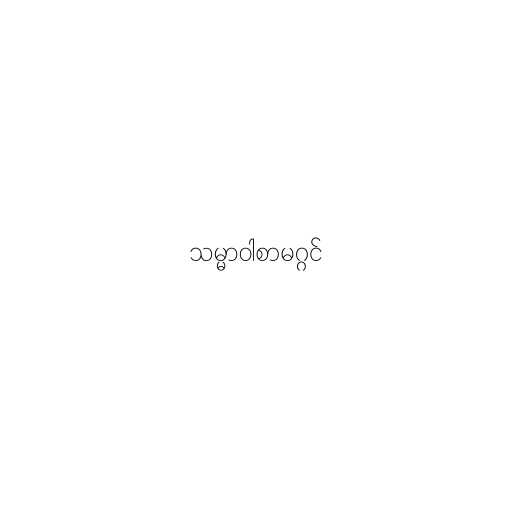
သမ္မာဝါစာမဂ္ဂင်